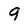
Character: 9